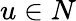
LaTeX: u\in N